画像に写った文字を読んでください
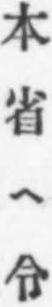
「本省ヘ令」と書いてあります